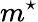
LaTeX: m^{\star}